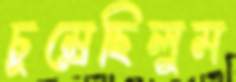
চুম্‌রেছিলুম